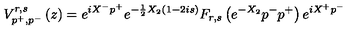
V _ { p ^ { + } , p ^ { - } } ^ { r , s } \left( z \right) = e ^ { i X ^ { - } p ^ { + } } e ^ { - \frac 1 2 X _ { 2 } \left( 1 - 2 i s \right) } F _ { r , s } \left( e ^ { - X _ { 2 } } p ^ { - } p ^ { + } \right) e ^ { i X ^ { + } p ^ { - } }